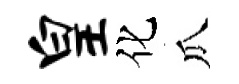
皇化瓜